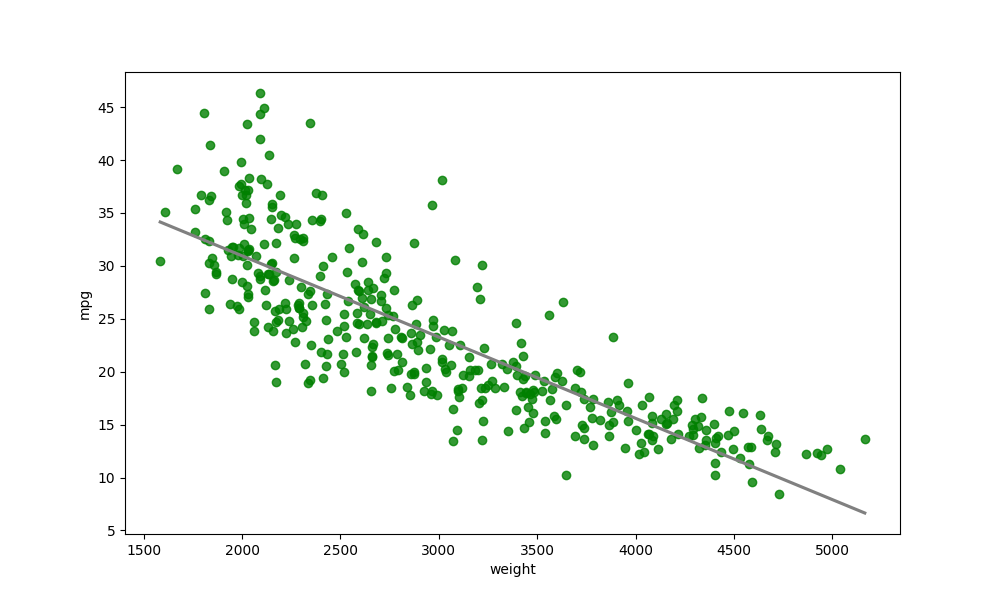
python, seaborn, regplot, order=1, ci=None, scatter_color=green, line_color=gray